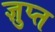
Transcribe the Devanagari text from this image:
ज्ञुप्‍त